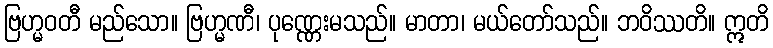
ဗြဟ္မဝတီ မည်သော။ ဗြဟ္မဏီ၊ ပုဏ္ဏေးမသည်။ မာတာ၊ မယ်တော်သည်။ ဘဝိဿတိ။ ဣတိ